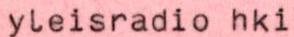
yleisradio hki